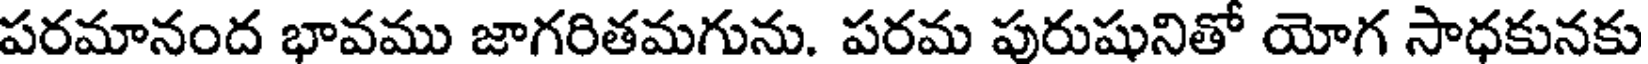
పరమానంద భావము జాగరితమగును. పరమ పురుషునితో యోగ సాధకునకు